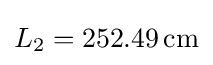
L_{2}=252.49\,{\text{cm}}